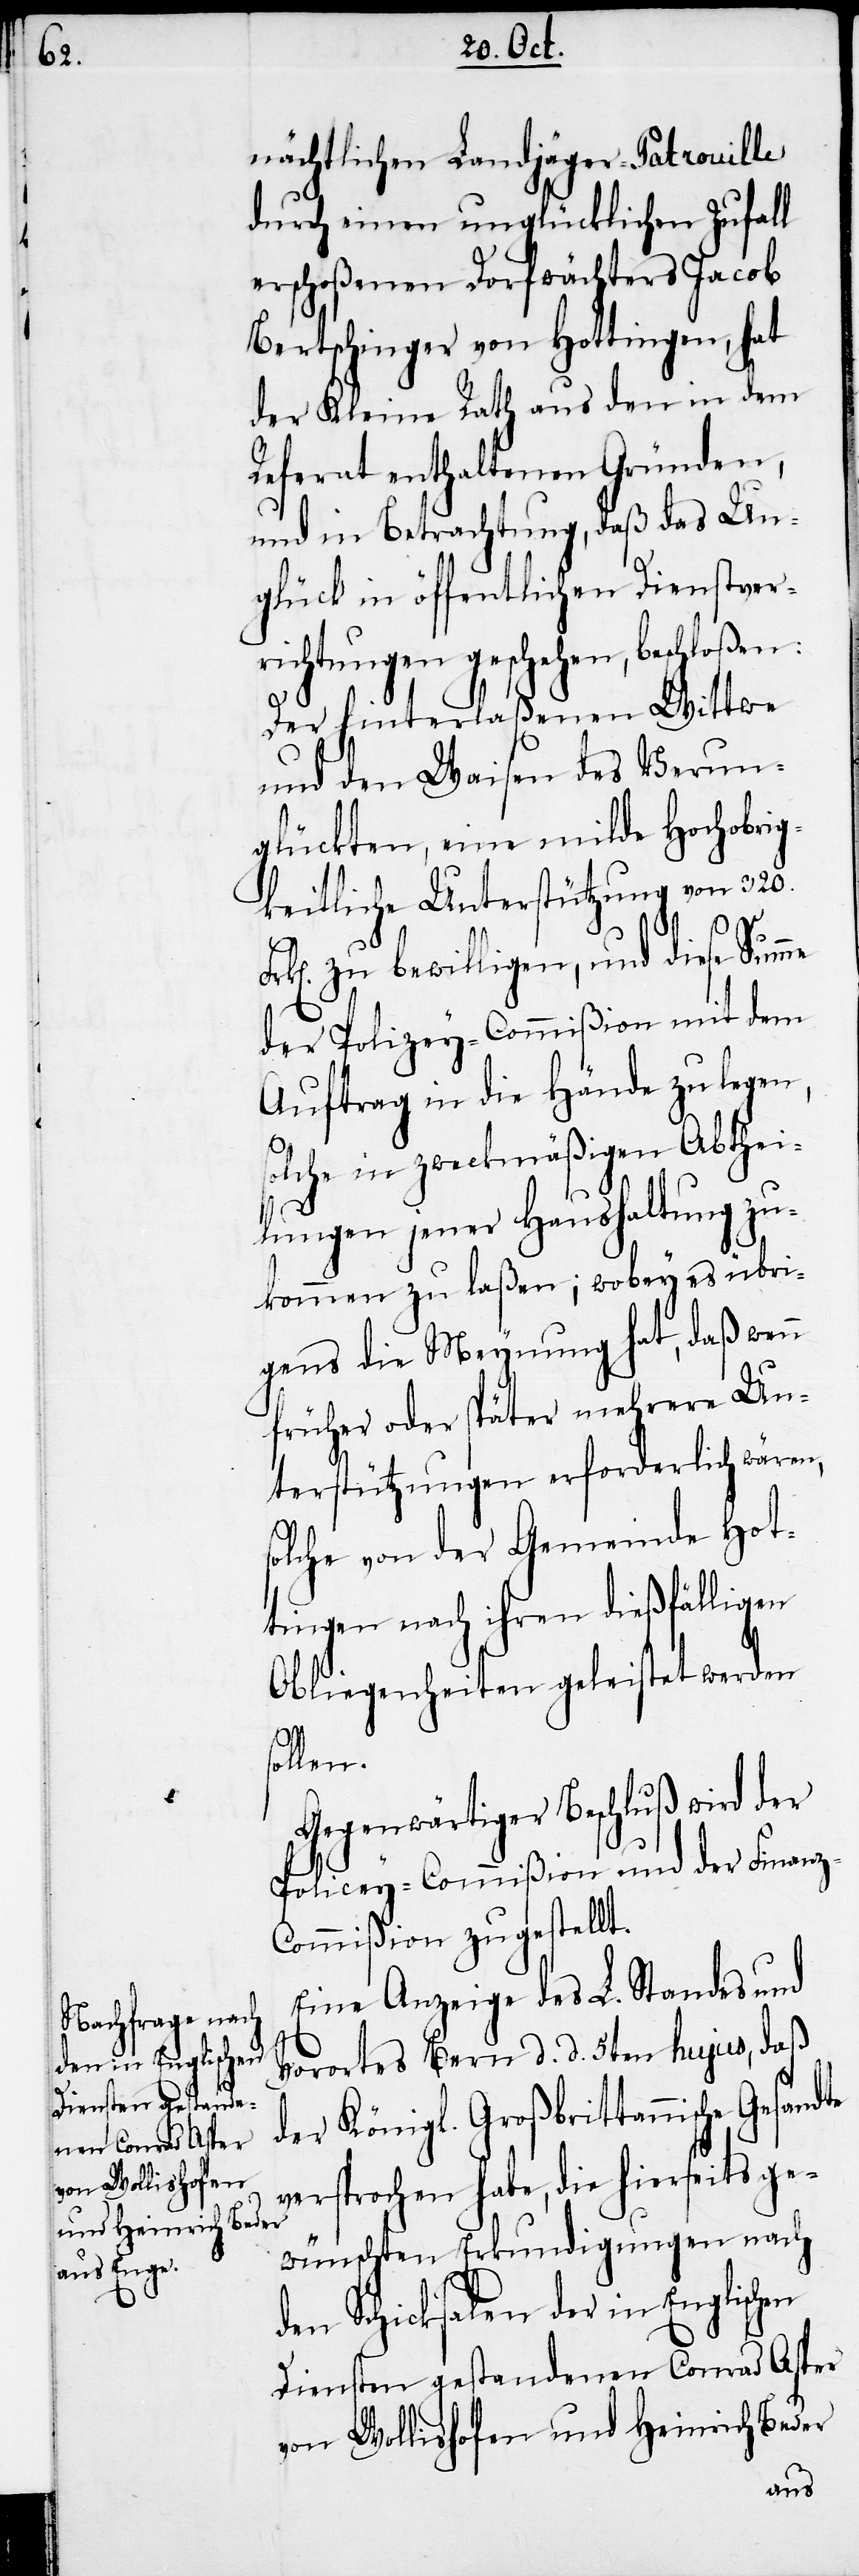
nächtlichen Landjäger-Patrouille
durch einen unglücklichen Zufall
erschoßenen Dorfwächters Jacob
Bertschinger von Hottingen, hat
der Kleine Rath aus den in dem
Referat enthaltenen Gründen,
und in Betrachtung, daß das Un¬
glück in öffentlichen Dienstver¬
richtungen geschehen, beschloße¬
Der hinterlaßenen Wittwe
und den Waisen des Verun¬
glückten, eine milde Hochobrig¬
keitliche Unterstützung von 320.
s¬
Frk[en]. zu bewilligen, und diese Summe
der Polizey-Commißion mit dem
Auftrag in die Hände zu legen,
olche in zweckmäßigen Abthei¬
lungen jener Haushaltung zu¬
kommen zu laßen; wobey es übri¬
gens die Meynung hat, daß wenn
früher oder später mehrere Un¬
terstützungen erforderlich wären,
olche von der Gemeinde Hot¬
tingen nach ihren dießfälligen
Obliegenheiten geleistet werden
ollen.
Gegenwärtiger Beschluß wird der
Policey-Commißion und der Finanz-C¬
ommißion zugestellt.
Eine Anzeige des L. Standes und
Vorortes Bern d. d. 5ten hujus, daß
der Königl. Großbrittannische
versprochen habe, die hierseits ge¬
wünschten Erkundigungen nach
den Schicksalen der in Englischen
Diensten gestandenen Conrad Asper
von Wollishofen und Heinrich Beder